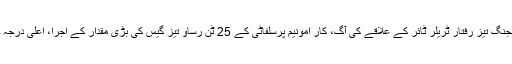
28 فروری، 3:35 صبح، ژانگلونگ نانجنگ تیز رفتار ٹریلر ٹائر کے علاقے کی آگ، کار امونیم پرسلفاٹی کے 25 ٹن رساو تیز گیس کی بڑی مقدار کے اجرا، اعلی درجہ حرارت گرل تجزیہ کی طرف سے ہے ۔